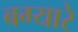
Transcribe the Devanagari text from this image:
बग्यारे